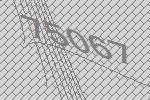
75067